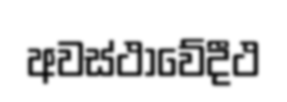
අවස්ථාවේදීථ